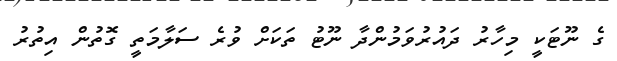
ގެ ނޫޓަކީ މިހާރު ދައުރުވަމުންދާ ނޫޓު ތަކަށް ވުރެ ސަލާމަތީ ގޮތުން އިތުރު